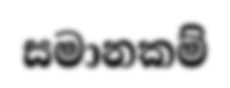
සමානකම්